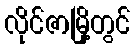
လိုင်ဇာမြို့တွင်